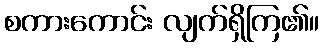
စကားကောင်း လျက်ရှိကြ၏။